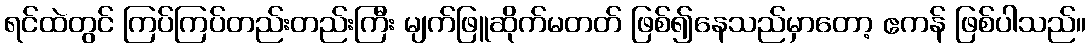
ရင်ထဲတွင် ကြပ်ကြပ်တည်းတည်းကြီး မျက်ဖြူဆိုက်မတတ် ဖြစ်၍နေသည်မှာတော့ ဧကန် ဖြစ်ပါသည်။